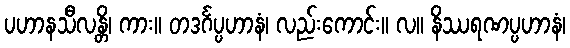
ပဟာနသီလန္တိ၊ ကား။ တဒင်္ဂပ္ပဟာနံ၊ လည်းကောင်း။ လ။ နိဿရဏပ္ပဟာနံ၊